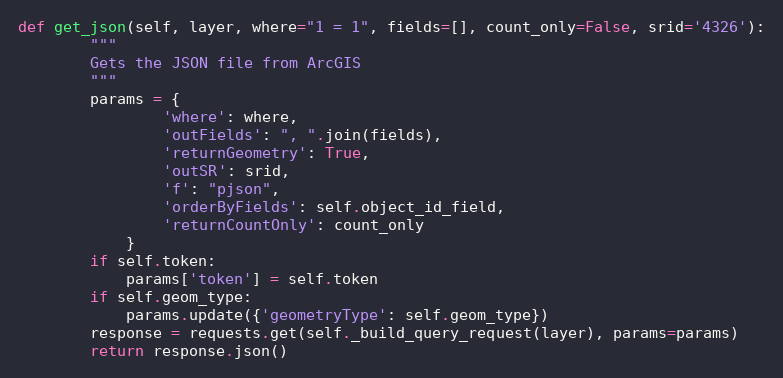
Language: Python
def get_json(self, layer, where="1 = 1", fields=[], count_only=False, srid='4326'):
        """
        Gets the JSON file from ArcGIS
        """
        params = {
                'where': where,
                'outFields': ", ".join(fields),
                'returnGeometry': True,
                'outSR': srid,
                'f': "pjson",
                'orderByFields': self.object_id_field,
                'returnCountOnly': count_only
            }
        if self.token:
            params['token'] = self.token
        if self.geom_type:
            params.update({'geometryType': self.geom_type})
        response = requests.get(self._build_query_request(layer), params=params)
        return response.json()